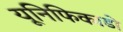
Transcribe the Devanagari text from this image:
यूनिफिकाडो